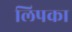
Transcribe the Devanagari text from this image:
लिपका